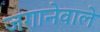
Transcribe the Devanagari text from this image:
जगानेवाले